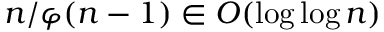
n / \varphi ( n - 1 ) \in O ( \log \log n )